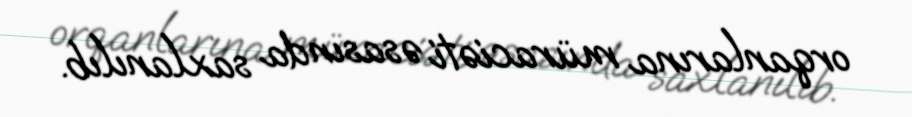
orqanlarına müraciəti əsasında saxlanılıb.